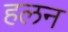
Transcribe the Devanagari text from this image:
हलन